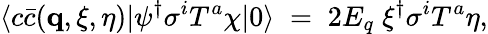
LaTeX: \langle c\bar{c}({\mathbf q},\xi,\eta)|\psi^{\dagger}\sigma^{i}T^{a}\chi|0\rangle\; =\; 2E_{q}\; \xi^{\dagger}\sigma^{i}T^{a}\eta,